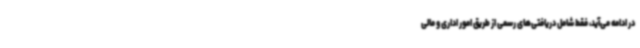
در ادامه می‌آید، فقط شامل دریافتی‌های رسمی از طریق امور اداری و مالی